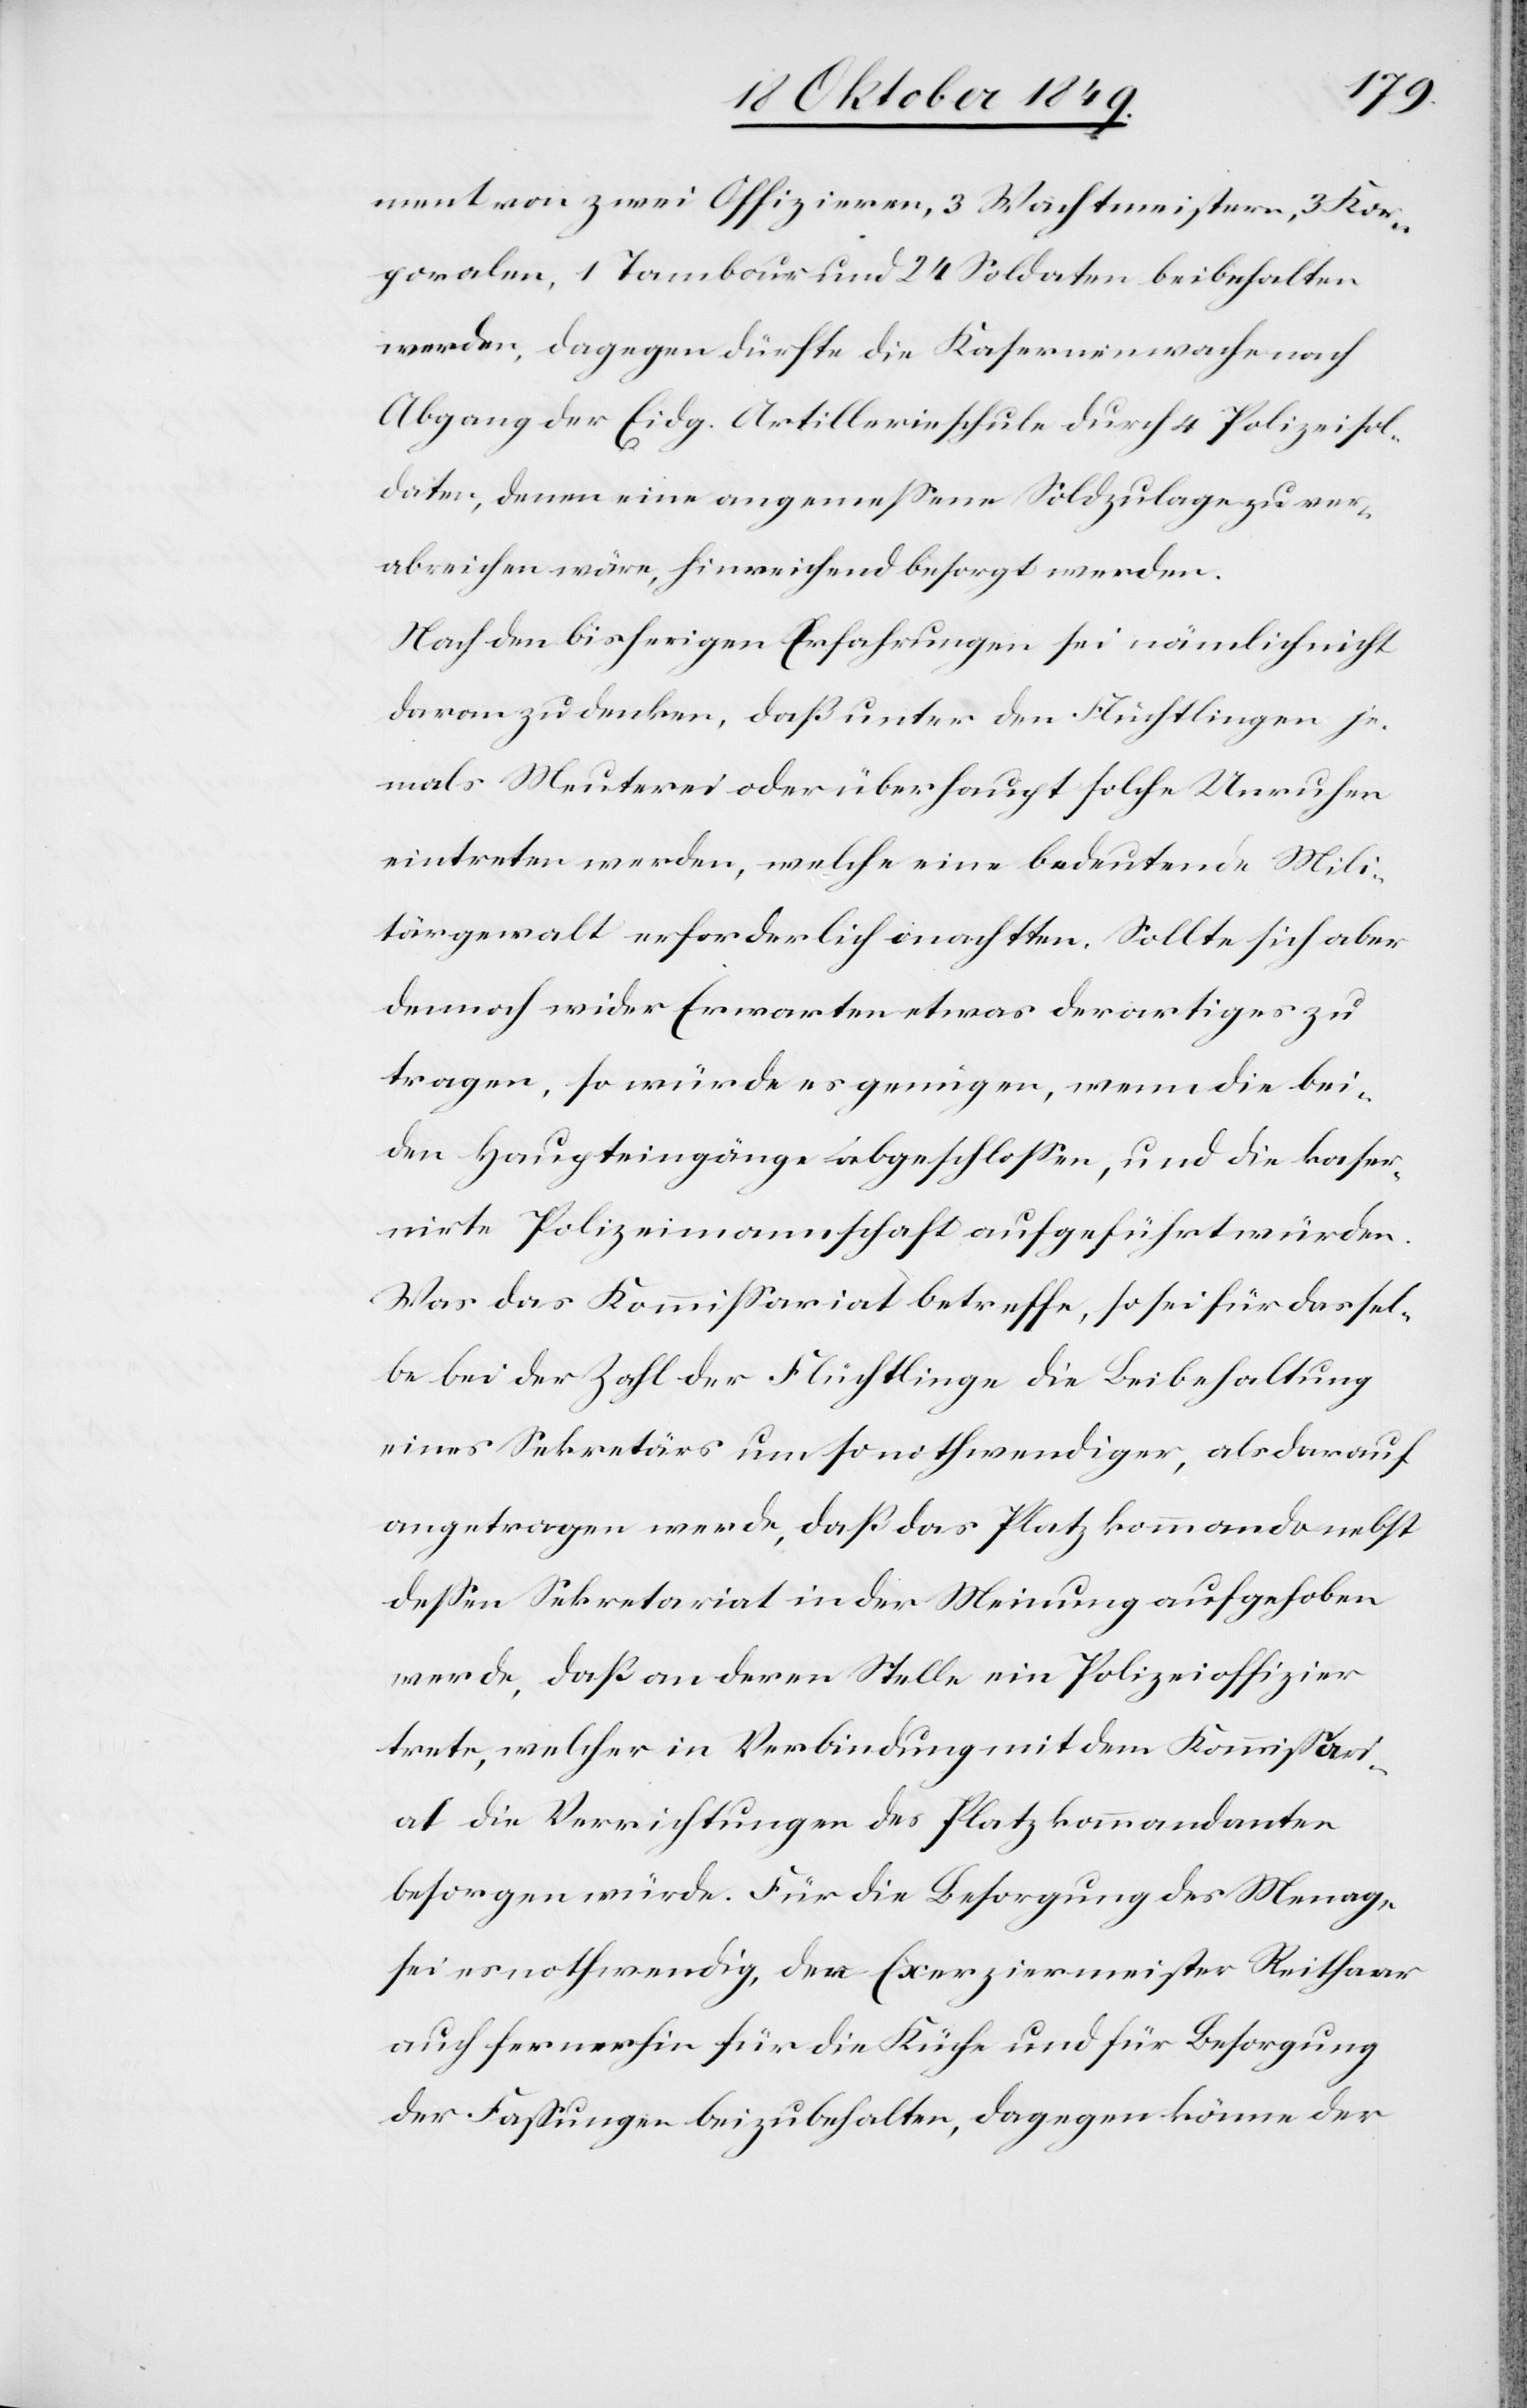
ment von zwei Offizieren, 3 Wachtmeistern, 3 Kor¬
poralen, 1 Tambaur und 24 Soldaten beibehalten
werden, dagegen dürfte die Kasernenwache nach
Abgang der Eidg. Artillerieschule durch 4 Polizeisol¬
daten, denen eine angemeßene Soldzulage zu ver¬
abreichen wäre, hinreichend besorgt werden.
Nach den bisherigen Erfahrungen sei nämlich nicht
daran zu denken, daß unter den Flüchtlingen je¬
mals Meuterei oder überhaupt solche Unruhen
eintreten werden, welche eine bedeutende Mili¬
tärgewalt erforderlich machtten [sic!]. Sollte sich aber
dennoch wider Erwarten etwas derartiges zu
tragen, so würde es genügen, wenn die bei¬
den Haupteingänge abgeschloßen, und die kaser¬
nirte Polizeimannschaft aufgeführt würden.
Was das Kommißariat betreffe, so sei für dassel¬
be bei der Zahl der Flüchtlinge die Beibehaltung
eines Sekretärs um so nothwendiger, als darauf
angetragen werde, daß das Platzkommando nebst
deßen Sekretariat in der Meinung aufgehoben
werde, daß an deren Stelle ein Polizeioffizier
trete, welcher in Verbindung mit dem Kommißari¬
at die Verrichtungen des Platzkommandanten
besorgen würde. Für die Besorgung des Menage
sei es nothwendig, den Exerziermeister Reithauer
auch fernerhin für die Küche und für Besorgung
der Faßungen beizubehalten, dagegen könne der